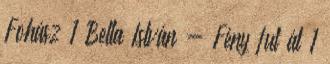
Fohász 1 Bella István - Fény fut át 1